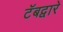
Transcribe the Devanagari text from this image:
टॅबद्वारे